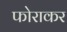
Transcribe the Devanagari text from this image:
फोराकर